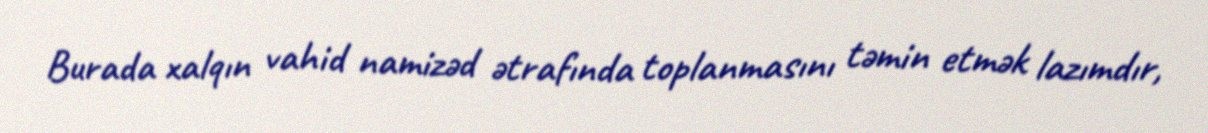
Burada xalqın vahid namizəd ətrafında toplanmasını təmin etmək lazımdır,